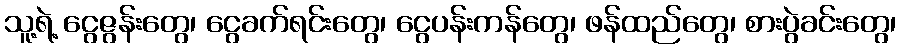
သူ့ရဲ့ ငွေဇွန်းတွေ၊ ငွေခက်ရင်းတွေ၊ ငွေပန်းကန်တွေ၊ ဖန်ထည်တွေ၊ စားပွဲခင်းတွေ၊